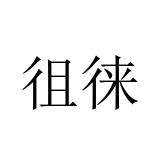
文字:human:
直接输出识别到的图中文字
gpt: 徂徕